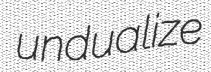
undualize